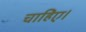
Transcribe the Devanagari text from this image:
चाहिेए।